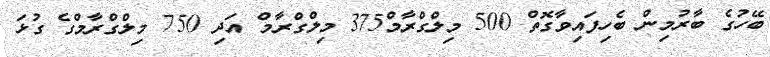
ބޭހުގެ ބާރުމިން ބެހިފައިވާގޮތް 500 މިލްގްރާމް375 މިލްގްރާމް އަދި 750 މިލްގްރާމްގެ ގުޅަ